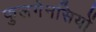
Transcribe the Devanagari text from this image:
फुलगेनसियों